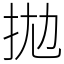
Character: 拋